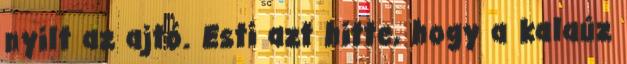
nyilt az ajtó. Esti azt hitte, hogy a kalaúz